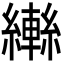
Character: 𦆕